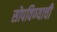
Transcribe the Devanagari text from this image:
सोपविण्याची